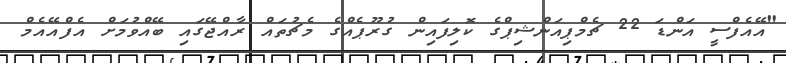
"އޭއެފްސީ އަންޑަ 22 ޗެމްޕިއަންޝިޕްގެ ކޮލިފައިން ގުރޫޕެއްގެ މެޗުތައް ރާއްޖޭގައި ބޭއްވުމަށް އެފްއޭއެމް